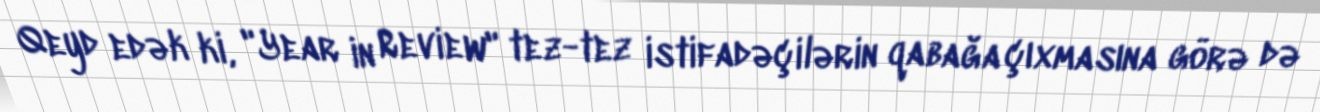
Qeyd edək ki, "Year in Review" tez-tez istifadəçilərin qabağa çıxmasına görə də